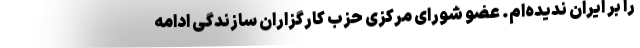
را بر ایران ندیده‌ام. عضو شورای مرکزی حزب کارگزاران سازندگی ادامه